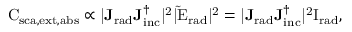
\mathrm { C _ { \mathrm { { s c a } , \mathrm { e x t } , \mathrm { a b s } } } \propto | \mathbf { J _ { \mathrm { { r a d } } } } \mathbf { J _ { \mathrm { { i n c } } } ^ { \dagger } } | ^ { 2 } | \tilde { \mathrm { E } } _ { \mathrm { { r a d } } } | ^ { 2 } = | \mathbf { J _ { \mathrm { r a d } } } \mathbf { J _ { \mathrm { { i n c } } } ^ { \dagger } } | ^ { 2 } { \mathrm { I } } _ { \mathrm { { r a d } } } , }